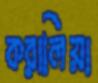
করালিয়া